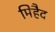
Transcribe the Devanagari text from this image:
मिहैद